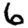
Digit: 6